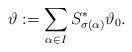
LaTeX: \begin{align*}\vartheta:=\sum_{\alpha\in I} S_{\sigma(\alpha)}^*\vartheta_0. \end{align*}